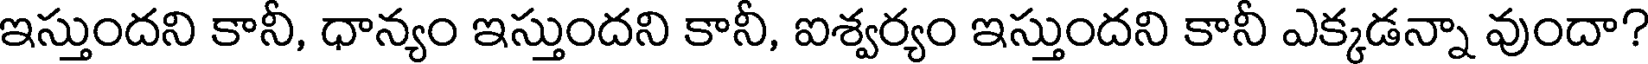
ఇస్తుందని కానీ, ధాన్యం ఇస్తుందని కానీ, ఐశ్వర్యం ఇస్తుందని కానీ ఎక్కడన్నా వుందా?